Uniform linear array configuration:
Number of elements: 8
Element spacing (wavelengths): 0.75
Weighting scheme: hann
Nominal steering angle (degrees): -45
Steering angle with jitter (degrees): -46.668
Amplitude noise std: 0.05
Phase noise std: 0.05

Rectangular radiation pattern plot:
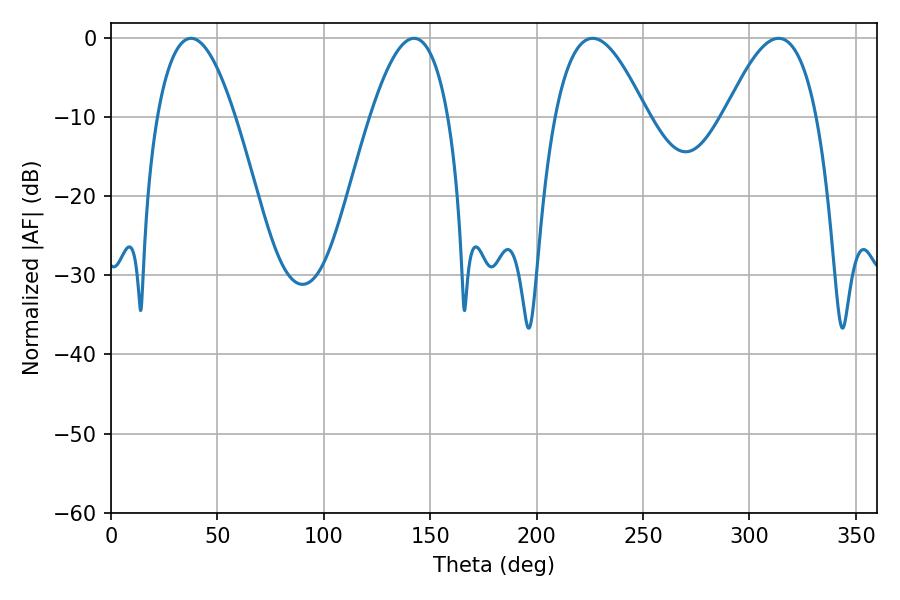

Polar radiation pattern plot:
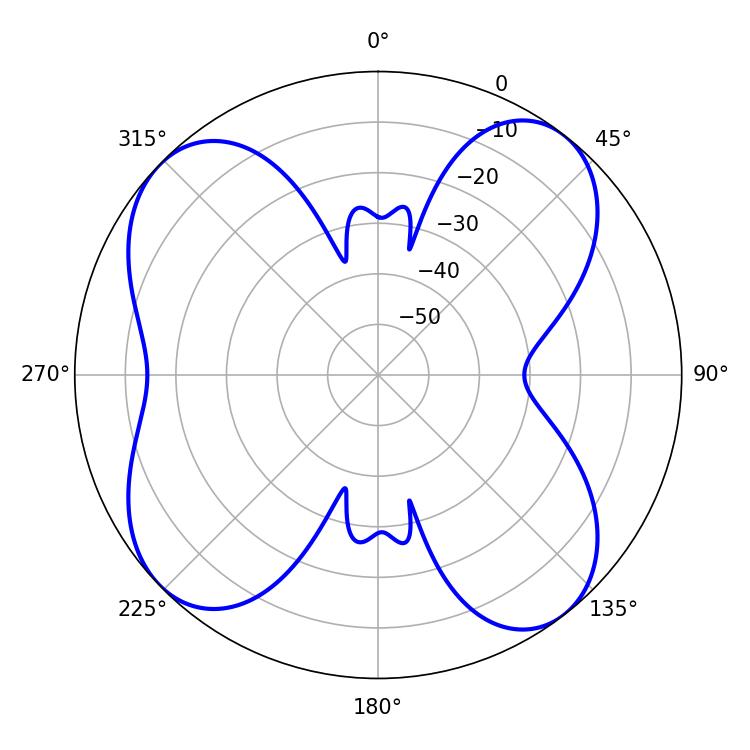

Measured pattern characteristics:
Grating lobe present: TRUE
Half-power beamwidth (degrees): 20.16
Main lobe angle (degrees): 37.62